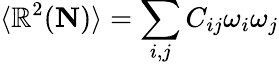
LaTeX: \langle\mathbb{R}^{2}({\mathbf{N}})\rangle=\sum_{i,j}C_{ij}\omega_{i}\omega_{j}